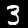
Digit: 3